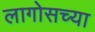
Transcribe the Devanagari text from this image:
लागोसच्या